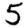
Digit: 5